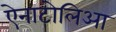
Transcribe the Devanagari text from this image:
ऐनाटोलिआ